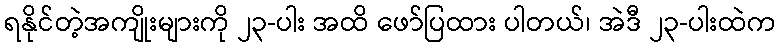
ရနိုင်တဲ့အကျိုးများကို ၂၃-ပါး အထိ ဖော်ပြထား ပါတယ်၊ အဲဒီ ၂၃-ပါးထဲက